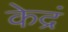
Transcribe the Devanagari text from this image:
केद्रं